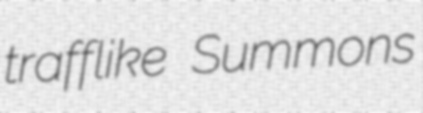
trafflike Summons